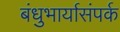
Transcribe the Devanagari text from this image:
बंधुभार्यासंपर्क